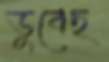
ডুবেছ